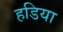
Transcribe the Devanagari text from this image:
हडिया